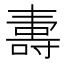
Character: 夀